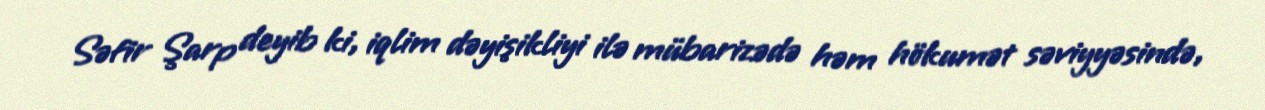
Səfir Şarp deyib ki, iqlim dəyişikliyi ilə mübarizədə həm hökumət səviyyəsində,